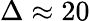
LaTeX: \Delta\approx 20